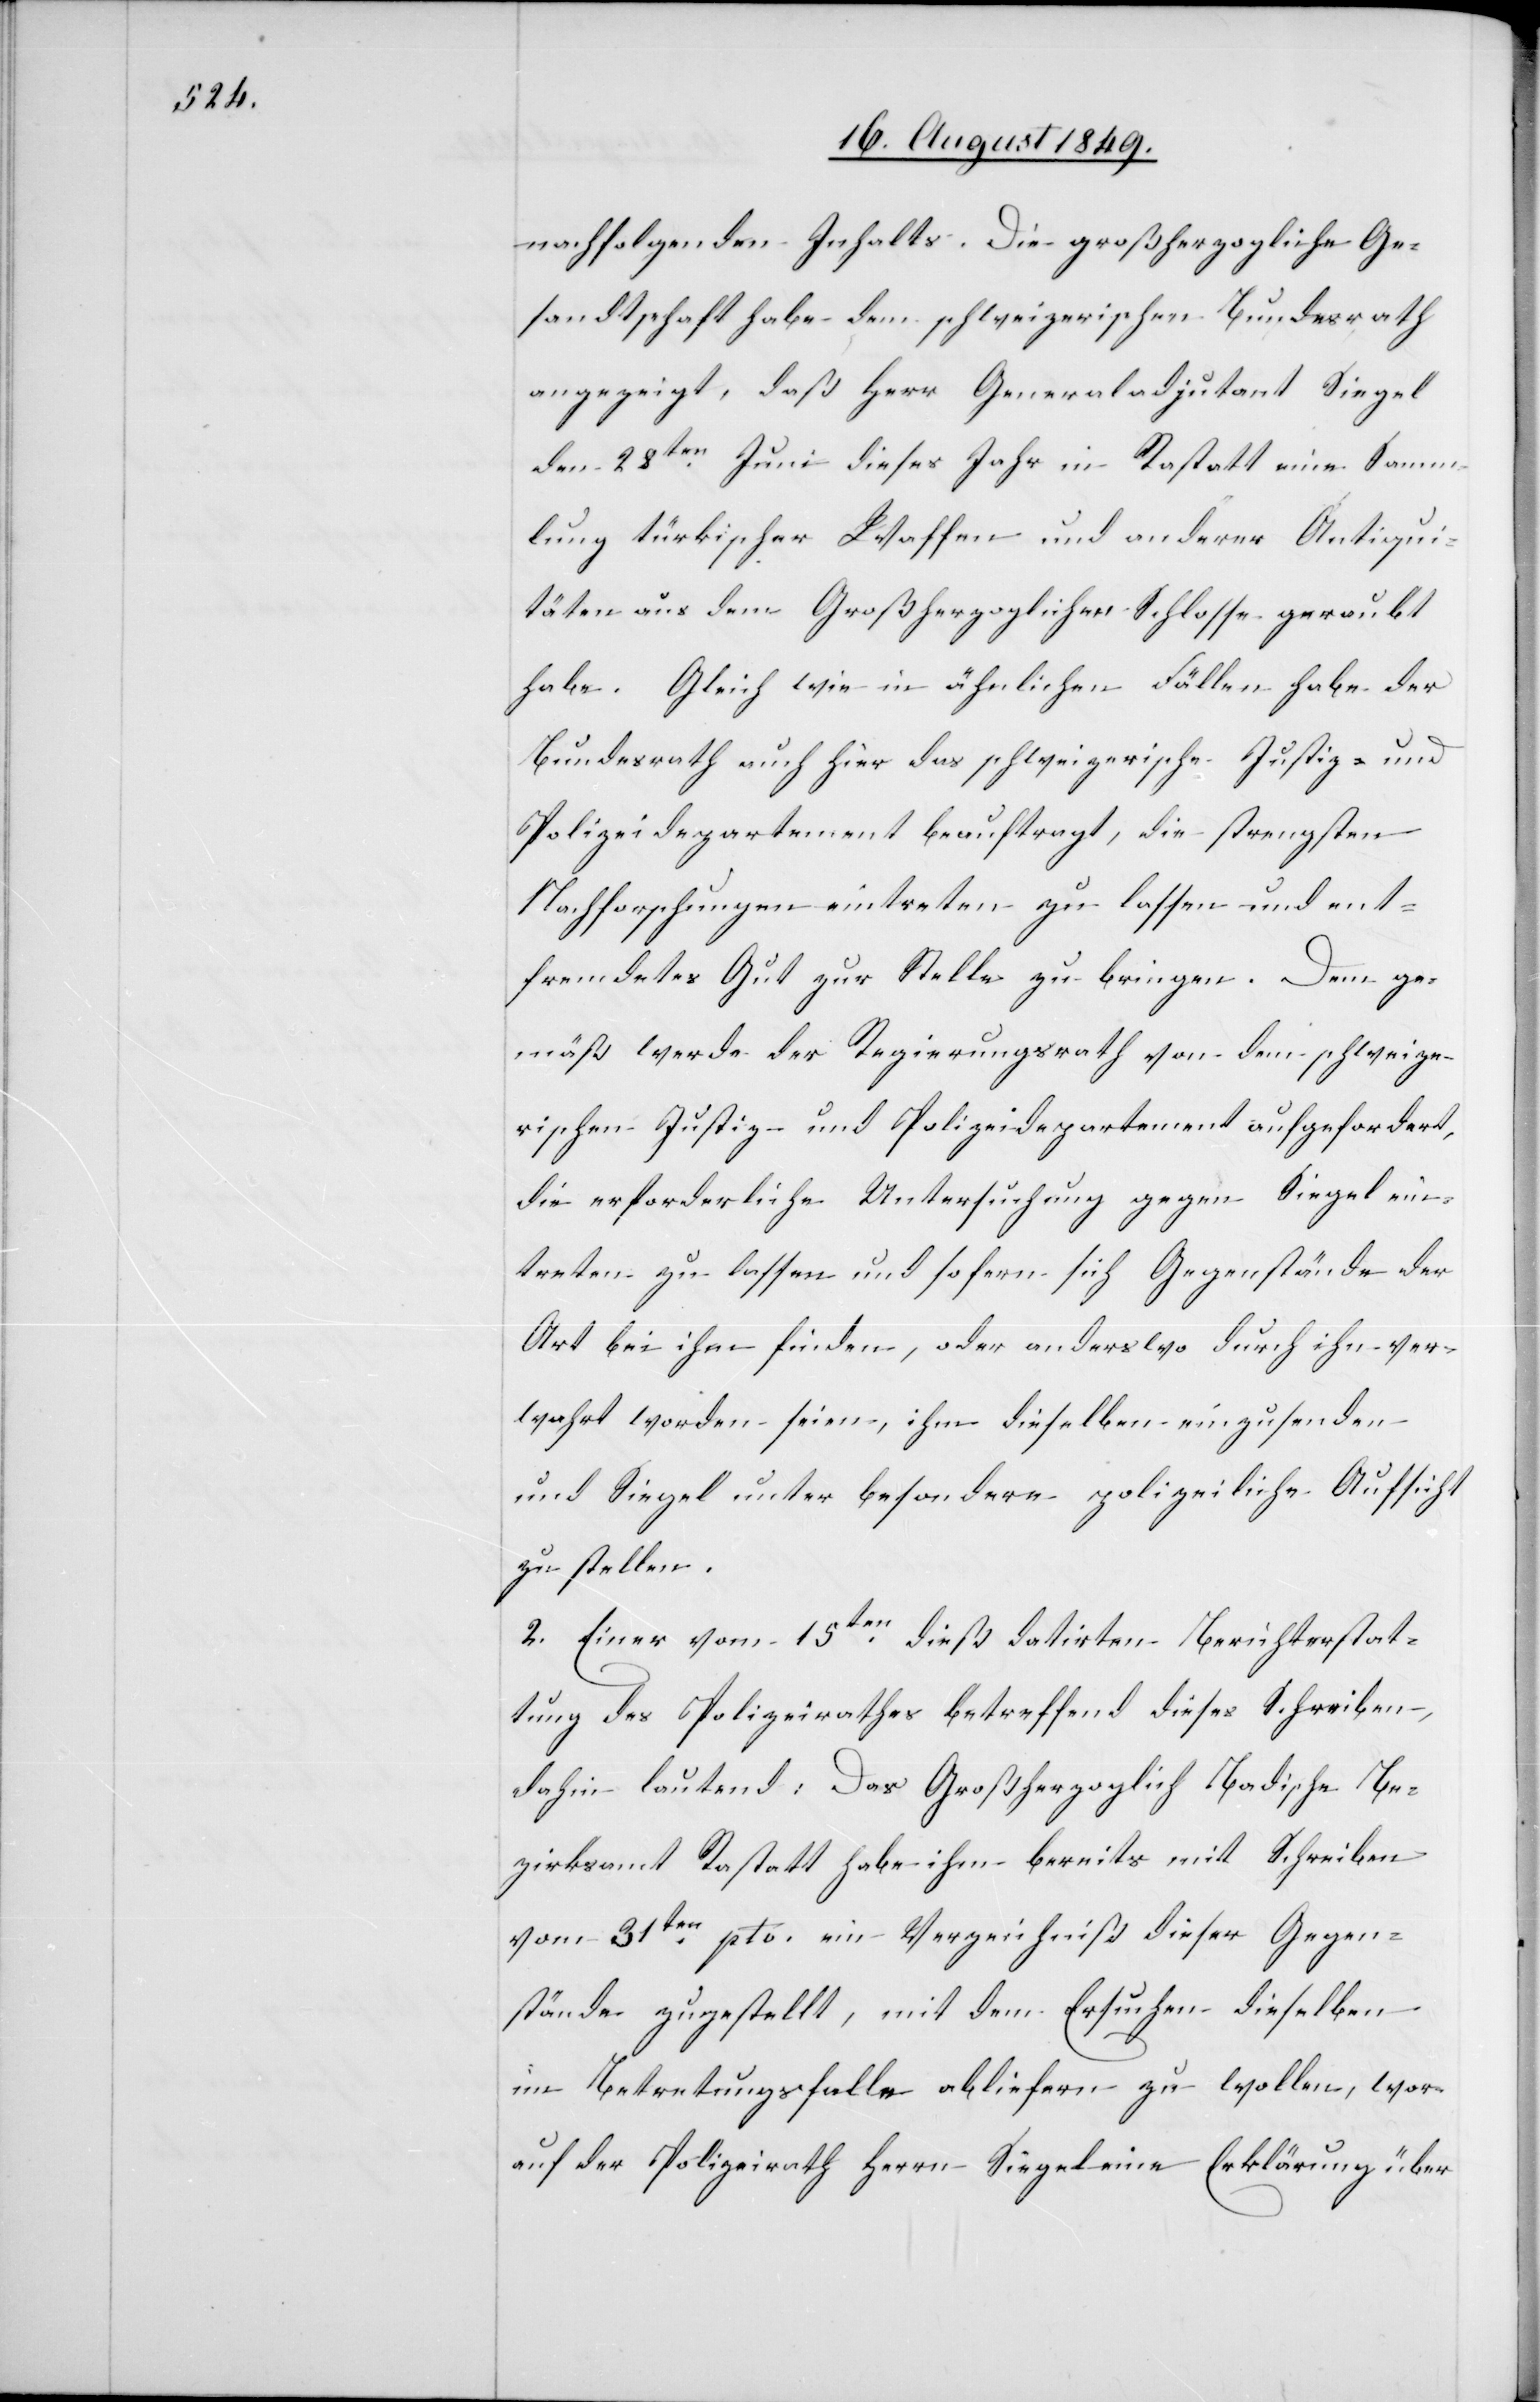
nachfolgenden Inhalts. Die großherzogliche Ge¬
sandtschaft habe dem schweizerischen Bundesrath
angezeigt, daß Herr Generaladjutant Siegel
den 28ten Juni dieses Jahr in Rastatt eine Samm¬
lung türkischer Waffen und anderer Antiqui¬
täten aus dem Großherzoglichen Schlosse geraubt
habe. Gleich wie in ähnlichen Fällen habe der
Bundesrath auch hier das schweizerische Justiz- und
Polizeidepartement beauftragt, die strengsten
Nachforschungen eintreten zu lassen und ent¬
fremdetes Gut zur Stelle zu bringen. Dem ge¬
mäß werde der Regierungsrath von dem schweize¬
rischen Justiz- und Polizeidepartement aufgefordert,
die erforderliche Untersuchung gegen Siegel ein¬
treten zu lassen und sofern sich Gegenstände der
Art bei ihm finden, oder anderswo durch ihn ver¬
wahrt worden seien, ihm dieselben einzusenden
und Siegel unter besondere polizeiliche Aufsicht
zu stellen.
2. Einer vom 15ten dieß datirten Berichterstat¬
tung des Polizeirathes betreffend dieses Schreiben,
dahin lautend: Das Großherzoglich Badische Be¬
zirksamt Rastatt habe ihm bereits mit Schreiben
vom 31ten pto. ein Verzeichniß dieser Gegen¬
stände zugestellt, mit dem Ersuchen dieselben
im Betretungsfalle abliefern zu wollen, wor¬
auf der Polizeirath Herrn Siegel eine Erklärung über